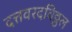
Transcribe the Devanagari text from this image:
दत्तवरदविठ्ठल